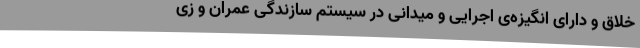
خلاق و دارای انگیزه‌ی اجرایی و میدانی در سیستم سازندگی عمران و زی